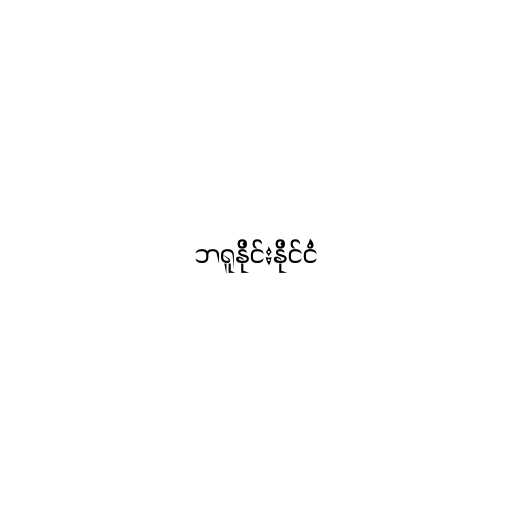
ဘရူနိုင်းနိုင်ငံ